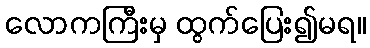
လောကကြီးမှ ထွက်ပြေး၍မရ။